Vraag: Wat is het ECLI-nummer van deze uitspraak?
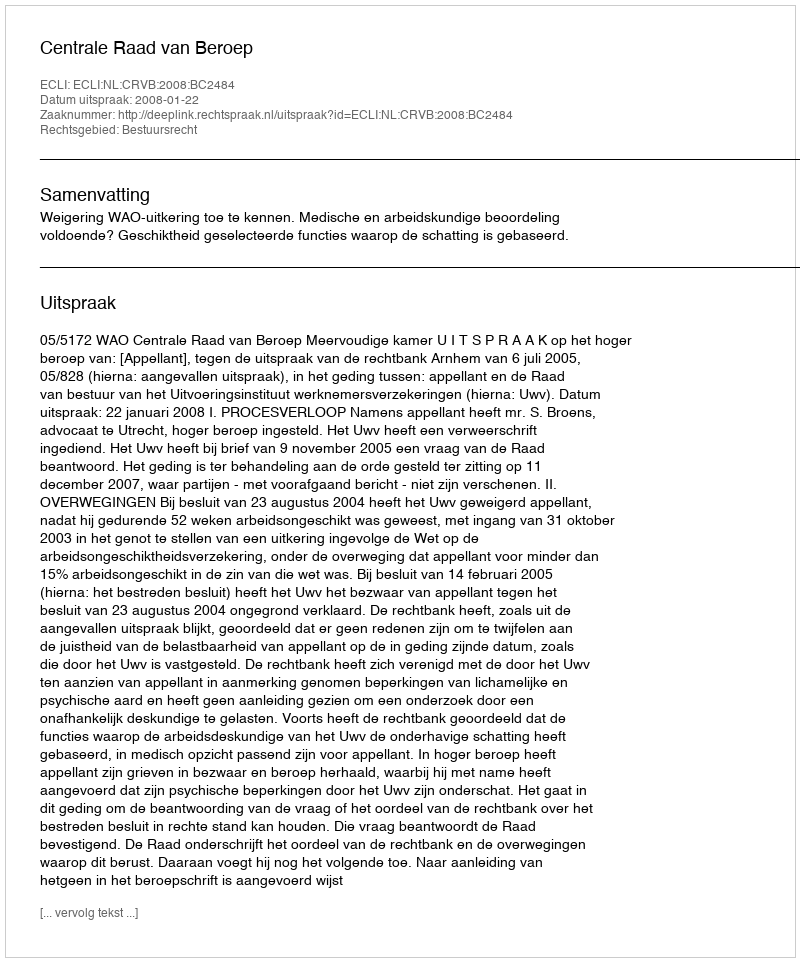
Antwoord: ECLI:NL:CRVB:2008:BC2484